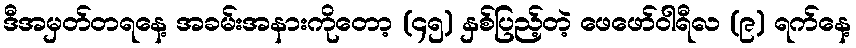
ဒီအမှတ်တရနေ့ အခမ်းအနားကိုတော့ (၄၅) နှစ်ပြည့်တဲ့ ဖေဖော်ဝါရီလ (၉) ရက်နေ့